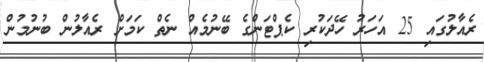
ރެއާލުގައި 25 އަހަރު ހޭދަކުރި ކެޕްޓަންގެ ބޭނުމެއް ނެތް ކަމަށް ރެއާލުން ބުނުމުން